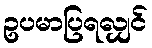
ဥပမာပြရလျှင်